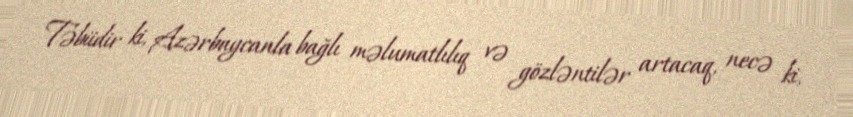
Təbiidir ki, Azərbaycanla bağlı məlumatlılıq və gözləntilər artacaq, necə ki,